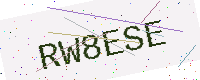
Text: RW8ESE